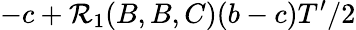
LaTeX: -c+\mathcal{R}_{1}(B,B,C)(b-c)T^{\prime}/2